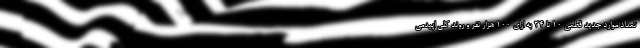
تعداد موارد جدید قطعی ۱۰ تا ۲۴ به ازای ۱۰۰ هزار نفر و روند کلی اپیدمی